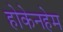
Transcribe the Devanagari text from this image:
होकेनहेम